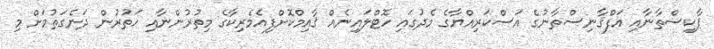
ޕާކިސްތާނާއި އަފްޤާނިސްތާނުގެ އަސްކަރިއްޔާގެ މެދުގައި ހޮޓްލައިނެއް ޤާއިމްކޮށްފިއެމެރިކާގެ މިތުރުންނާއި ހަތުރުން ދަނެގަތުމަށް މި